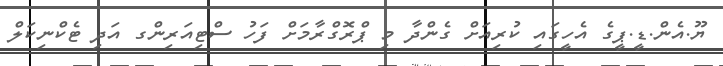
ޔޫ.އެން.ޑީ.ޕީގެ އެހީގައި ކުރިއަށް ގެންދާ މި ޕްރޮގްރާމަށް ފަހު ސްޓިއަރިންގ އަދި ޓެކްނިކަލް